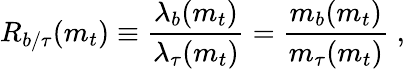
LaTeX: R_{b/\tau}(m_{t})\equiv{\frac{\lambda_{b}(m_{t})}{\lambda_{\tau}(m_{t})}}={\frac{m_{b}(m_{t})}{m_{\tau}(m_{t})}}\; ,